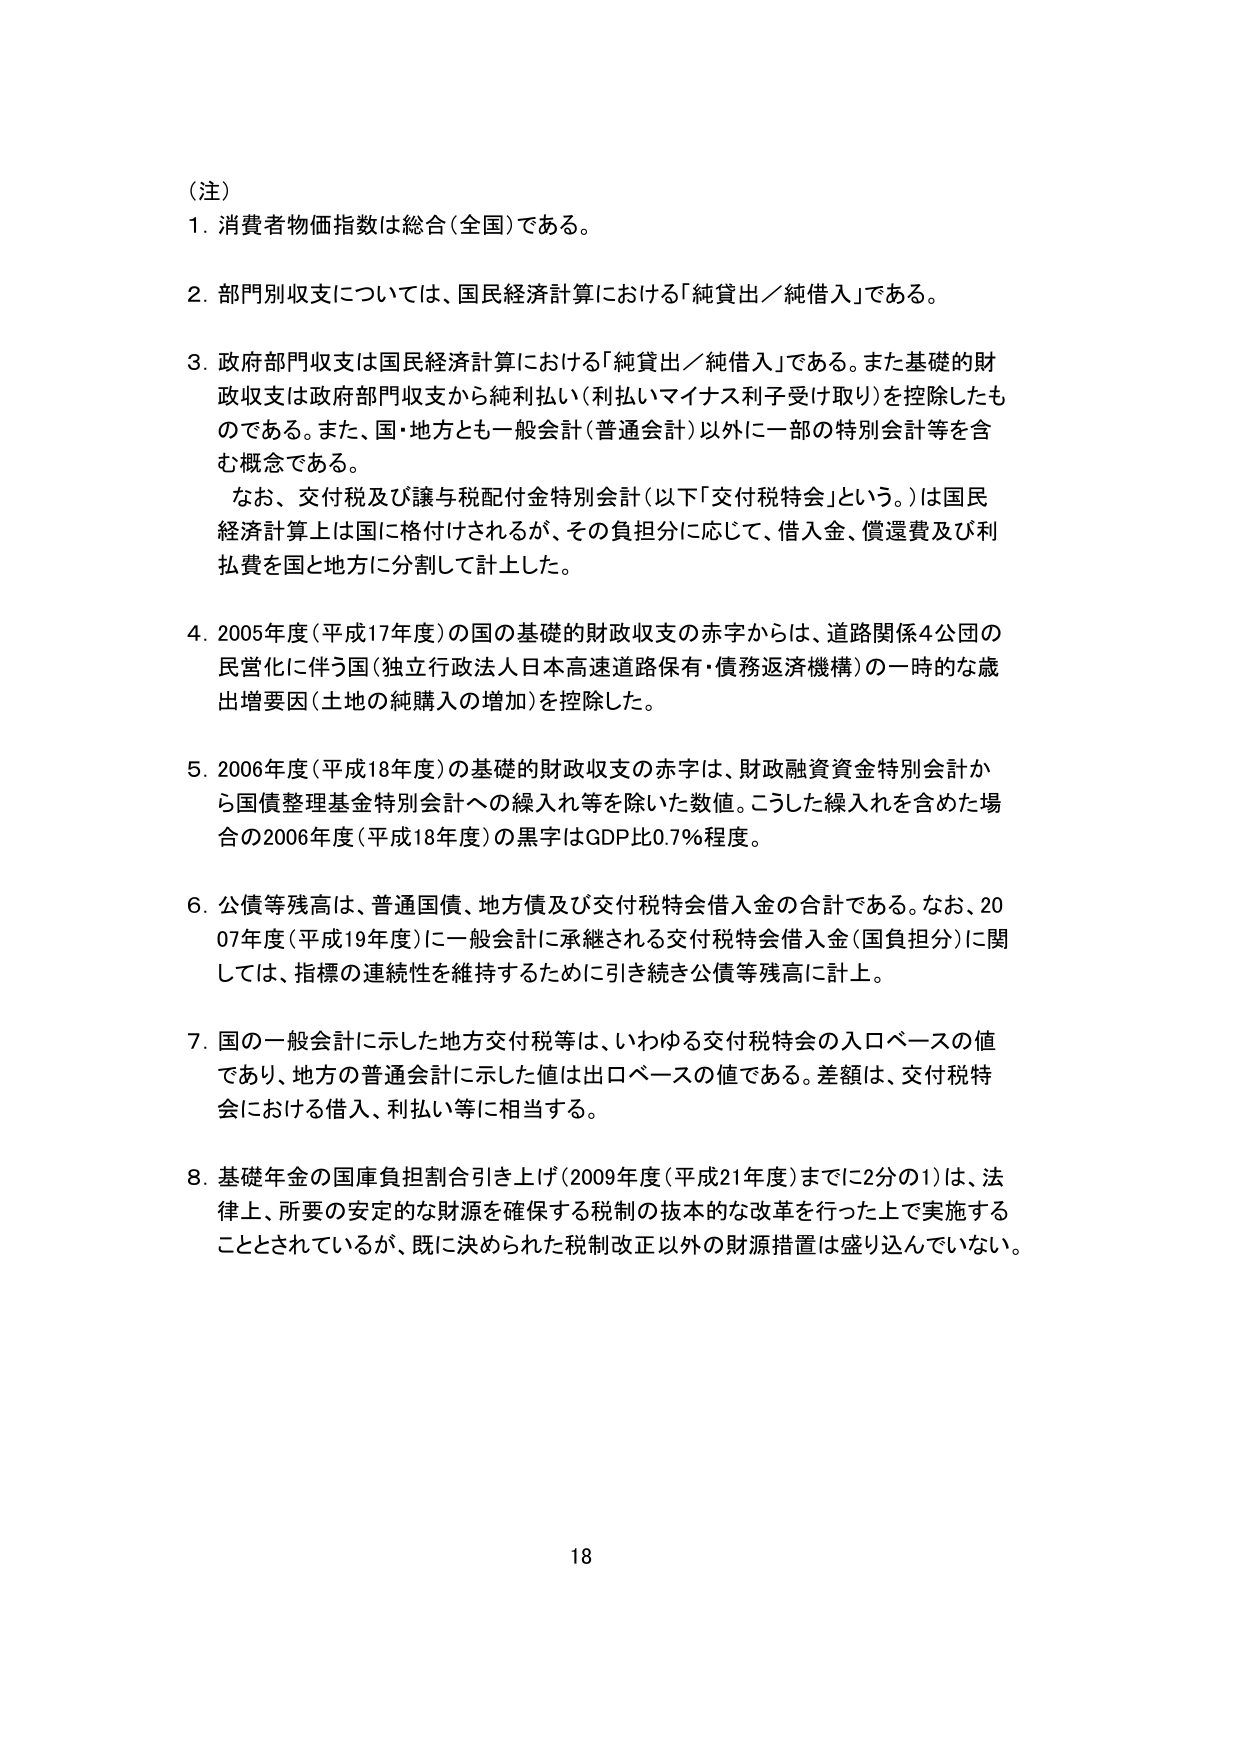
（注）
1. 消費者物価指数は総合（全国）である。

2. 部門別収支については、国民経済計算における「純貸出／純借入」である。

3. 政府部門収支は国民経済計算における「純貸出／純借入」である。また基礎的財政収支は政府部門収支から純利払い（利払いマイナス利子受け取り）を控除したものである。また、国・地方とも一般会計（普通会計）以外に一部の特別会計等を含む概念である。
　なお、交付税及び譲与税配付金特別会計（以下「交付税特会」という。）は国民経済計算上は国に格付けされるが、その負担分に応じて、借入金、償還費及び利払費を国と地方に分割して計上した。

4. 2005年度（平成17年度）の国の基礎的財政収支の赤字からは、道路関係4公団の民営化に伴う国（独立行政法人日本高速道路保有・債務返済機構）の一時的な歳出増要因（土地の純購入の増加）を控除した。

5. 2006年度（平成18年度）の基礎的財政収支の赤字は、財政融資資金特別会計から国債整理基金特別会計への繰入れ等を除いた数値。こうした繰入れを含めた場合の2006年度（平成18年度）の黒字はGDP比0.7％程度。

6. 公債等残高は、普通国債、地方債及び交付税特会借入金の合計である。なお、2007年度（平成19年度）に一般会計に承継される交付税特会借入金（国負担分）に関しては、指標の連続性を維持するために引き続き公債等残高に計上。

7. 国の一般会計に示した地方交付税等は、いわゆる交付税特会の入口ベースの値であり、地方の普通会計に示した値は出口ベースの値である。差額は、交付税特会における借入、利払い等に相当する。

8. 基礎年金の国庫負担割合引き上げ（2009年度（平成21年度）までに2分の1）は、法律上、所要の安定的な財源を確保する税制の抜本的な改革を行った上で実施することとされているが、既に決められた税制改正以外の財源措置は盛り込んでいない。

18